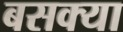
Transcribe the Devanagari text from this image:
बसक्या